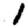
Digit: 1